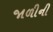
જાળીની